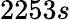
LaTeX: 2253s